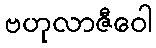
ဗဟုလာဇီဝေါ